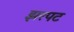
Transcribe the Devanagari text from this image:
झरपट